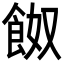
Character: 𩛂